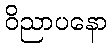
ဝိညာပနော